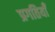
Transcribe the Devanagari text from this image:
प्रगतियाँ